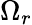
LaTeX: \Omega_{r}